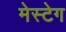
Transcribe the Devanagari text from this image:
मेस्टेग